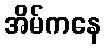
အိမ်ကနေ